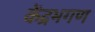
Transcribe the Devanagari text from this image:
केंद्रभगण